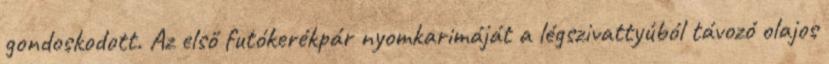
gondoskodott. Az első futókerékpár nyomkarimáját a légszivattyúból távozó olajos